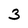
Character: 3